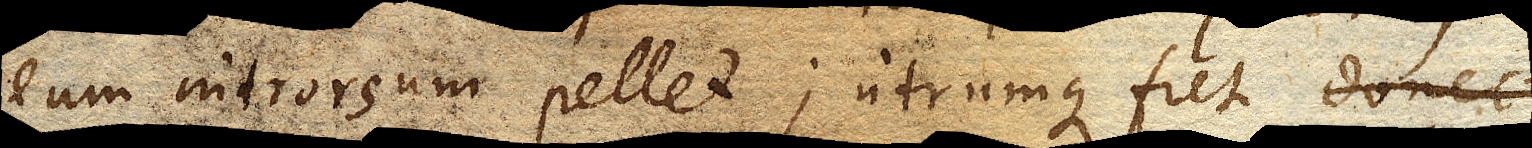
eum introrsum pellet; utrumque fiet donec